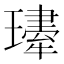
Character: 𤪆